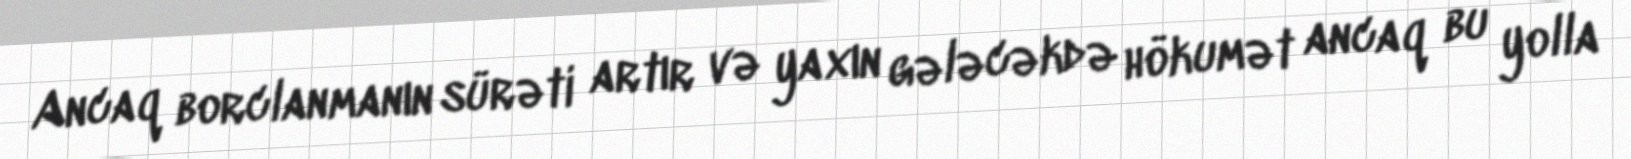
Ancaq borclanmanın sürəti artır və yaxın gələcəkdə hökumət ancaq bu yolla